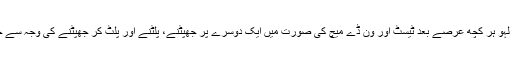
کوئی زمانہ تھا یہ لہو ہر کچھ عرصے بعد ٹیسٹ اور ون ڈے میچ کی صورت میں ایک دوسرے پر جھپٹنے، پلٹنے اور پلٹ کر جھپٹنے کی وجہ سے خوب گرم رہتا تھا۔